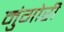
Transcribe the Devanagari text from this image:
मुंगोरीं